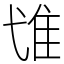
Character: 隿